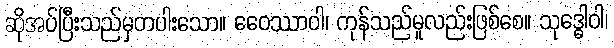
ဆိုအပ်ပြီးသည်မှတပါးသော။ ဝေေဿာဝါ၊ ကုန်သည်မူလည်းဖြစ်စေ။ သုဒ္ဓေါဝါ၊